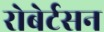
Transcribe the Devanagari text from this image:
रोबेर्टसन